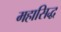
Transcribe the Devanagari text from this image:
महासिद्ध